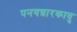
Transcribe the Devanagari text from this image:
पनयन्नारकावु